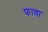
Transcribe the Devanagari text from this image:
फावा